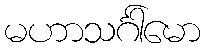
မဟာသင်္ဂါမော